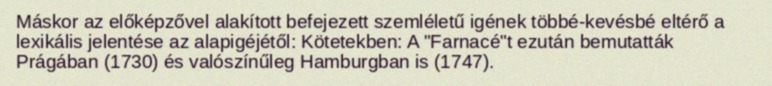
Máskor az előképzővel alakított befejezett szemléletű igének többé-kevésbé eltérő a lexikális jelentése az alapigéjétől: Kötetekben: A "Farnacé"t ezután bemutatták Prágában (1730) és valószínűleg Hamburgban is (1747).